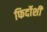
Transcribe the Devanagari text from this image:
फिर्दोशी